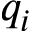
q _ { i }